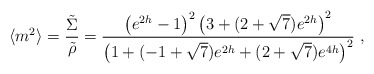
\begin{align*}\langle m^2 \rangle ={\tilde\Sigma\over\tilde\rho}={\left( e^{2h} - 1 \right)^2 \left( 3 + (2+\sqrt{7})e^{2h}\right)^2 \over \left(1 + (-1 + \sqrt{7})e^{2h} + (2+\sqrt{7})e^{4h}\right)^2}\ ,\end{align*}